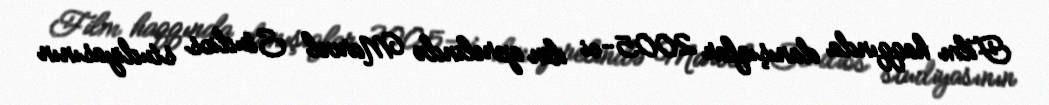
Film haqqında danışıqlar 2005-ci ilin aprelində Marvel Studios studiyasının